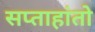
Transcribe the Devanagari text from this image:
सप्ताहांतो